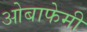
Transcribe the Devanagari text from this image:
ओबाफेमी